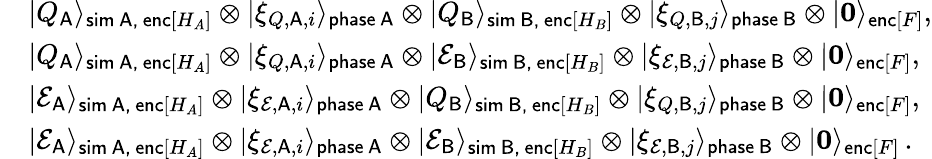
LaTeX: \begin{array}{rl}&{|Q_{\mathsf{A}}\rangle_{\mathsf{sim\, A,\, enc}[H_{A}]}\otimes|\xi_{Q,\mathsf{A},i}\rangle_{\mathsf{phase\, A}}\otimes|Q_{\mathsf{B}}\rangle_{\mathsf{sim\, B,\, enc}[H_{B}]}\otimes|\xi_{Q,\mathsf{B},j}\rangle_{\mathsf{phase\, B}}\otimes|\boldsymbol{0}\rangle_{\mathsf{enc}[F]},}\\ &{|Q_{\mathsf{A}}\rangle_{\mathsf{sim\, A,\, enc}[H_{A}]}\otimes|\xi_{Q,\mathsf{A},i}\rangle_{\mathsf{phase\, A}}\otimes|\mathcal{E}_{\mathsf{B}}\rangle_{\mathsf{sim\, B,\, enc}[H_{B}]}\otimes|\xi_{\mathcal{E},\mathsf{B},j}\rangle_{\mathsf{phase\, B}}\otimes|\boldsymbol{0}\rangle_{\mathsf{enc}[F]},}\\ &{|\mathcal{E}_{\mathsf{A}}\rangle_{\mathsf{sim\, A,\, enc}[H_{A}]}\otimes|\xi_{\mathcal{E},\mathsf{A},i}\rangle_{\mathsf{phase\, A}}\otimes|Q_{\mathsf{B}}\rangle_{\mathsf{sim\, B,\, enc}[H_{B}]}\otimes|\xi_{Q,\mathsf{B},j}\rangle_{\mathsf{phase\, B}}\otimes|\boldsymbol{0}\rangle_{\mathsf{enc}[F]},}\\ &{|\mathcal{E}_{\mathsf{A}}\rangle_{\mathsf{sim\, A,\, enc}[H_{A}]}\otimes|\xi_{\mathcal{E},\mathsf{A},i}\rangle_{\mathsf{phase\, A}}\otimes|\mathcal{E}_{\mathsf{B}}\rangle_{\mathsf{sim\, B,\, enc}[H_{B}]}\otimes|\xi_{\mathcal{E},\mathsf{B},j}\rangle_{\mathsf{phase\, B}}\otimes|\boldsymbol{0}\rangle_{\mathsf{enc}[F]}\, .}\end{array}